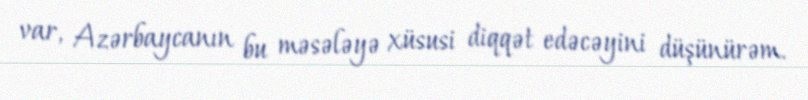
var, Azərbaycanın bu məsələyə xüsusi diqqət edəcəyini düşünürəm.